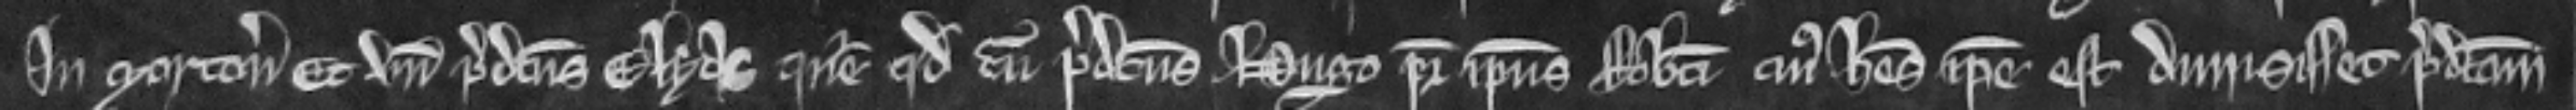
in Morton Et unde predictus Elyas queritur quod cum predictus Hugo pater ipsius Roberti cujus heres ipse est dimisisset predictam